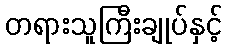
တရားသူကြီးချုပ်နှင့်